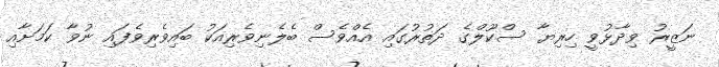
ނަޒީރު ވިދާޅުވީ ހިރިޔާ ސްކޫލްގެ ދަތުރުގައި އެއްވެސް ބެލެނިވެރިއަކު ބައިވެރިވެފައި ނުވާ ކަމަށާއި